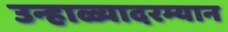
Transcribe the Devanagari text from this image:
उन्हाळ्यादरम्यान